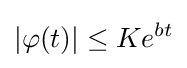
|\varphi (t)|\leq Ke^{bt}